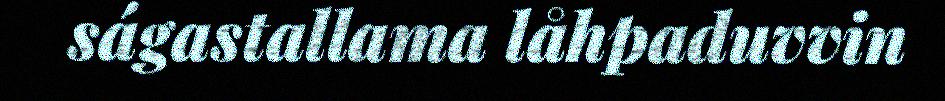
ságastallama låhpaduvvin